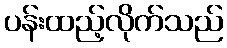
ပန်းထည့်လိုက်သည်